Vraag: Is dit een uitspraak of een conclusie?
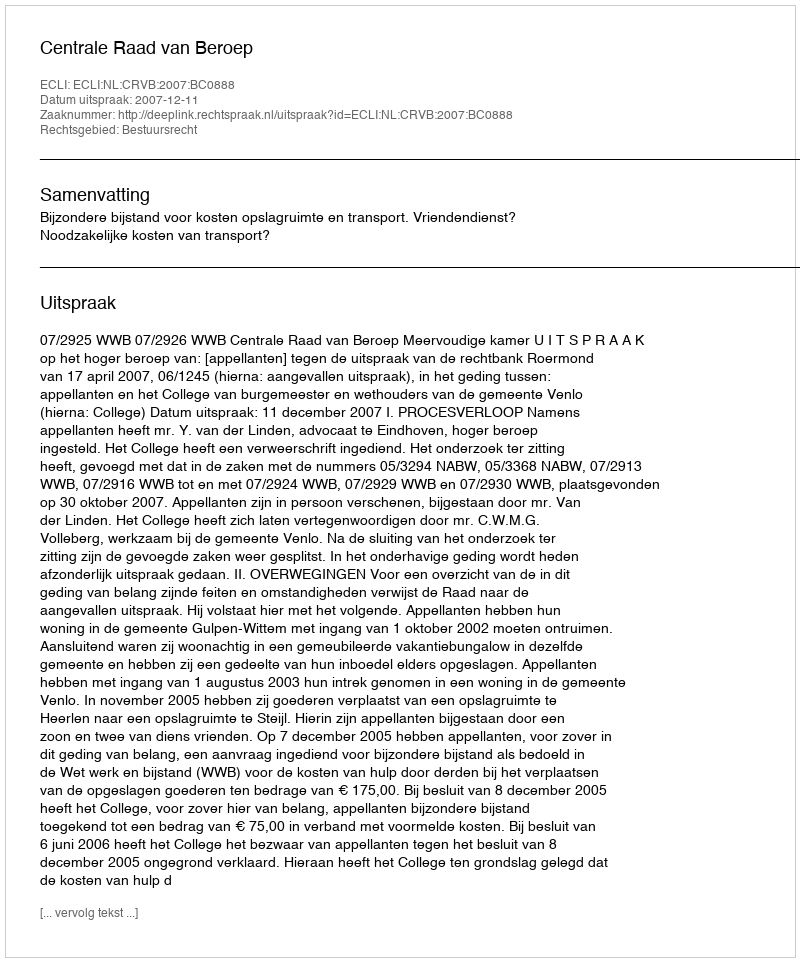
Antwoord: Uitspraak